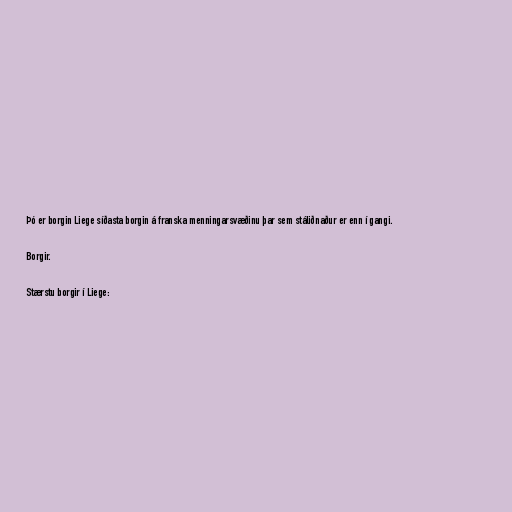
Þó er borgin Liege síðasta borgin á franska menningarsvæðinu þar sem stáliðnaður er enn í gangi.

Borgir.

Stærstu borgir í Liege: